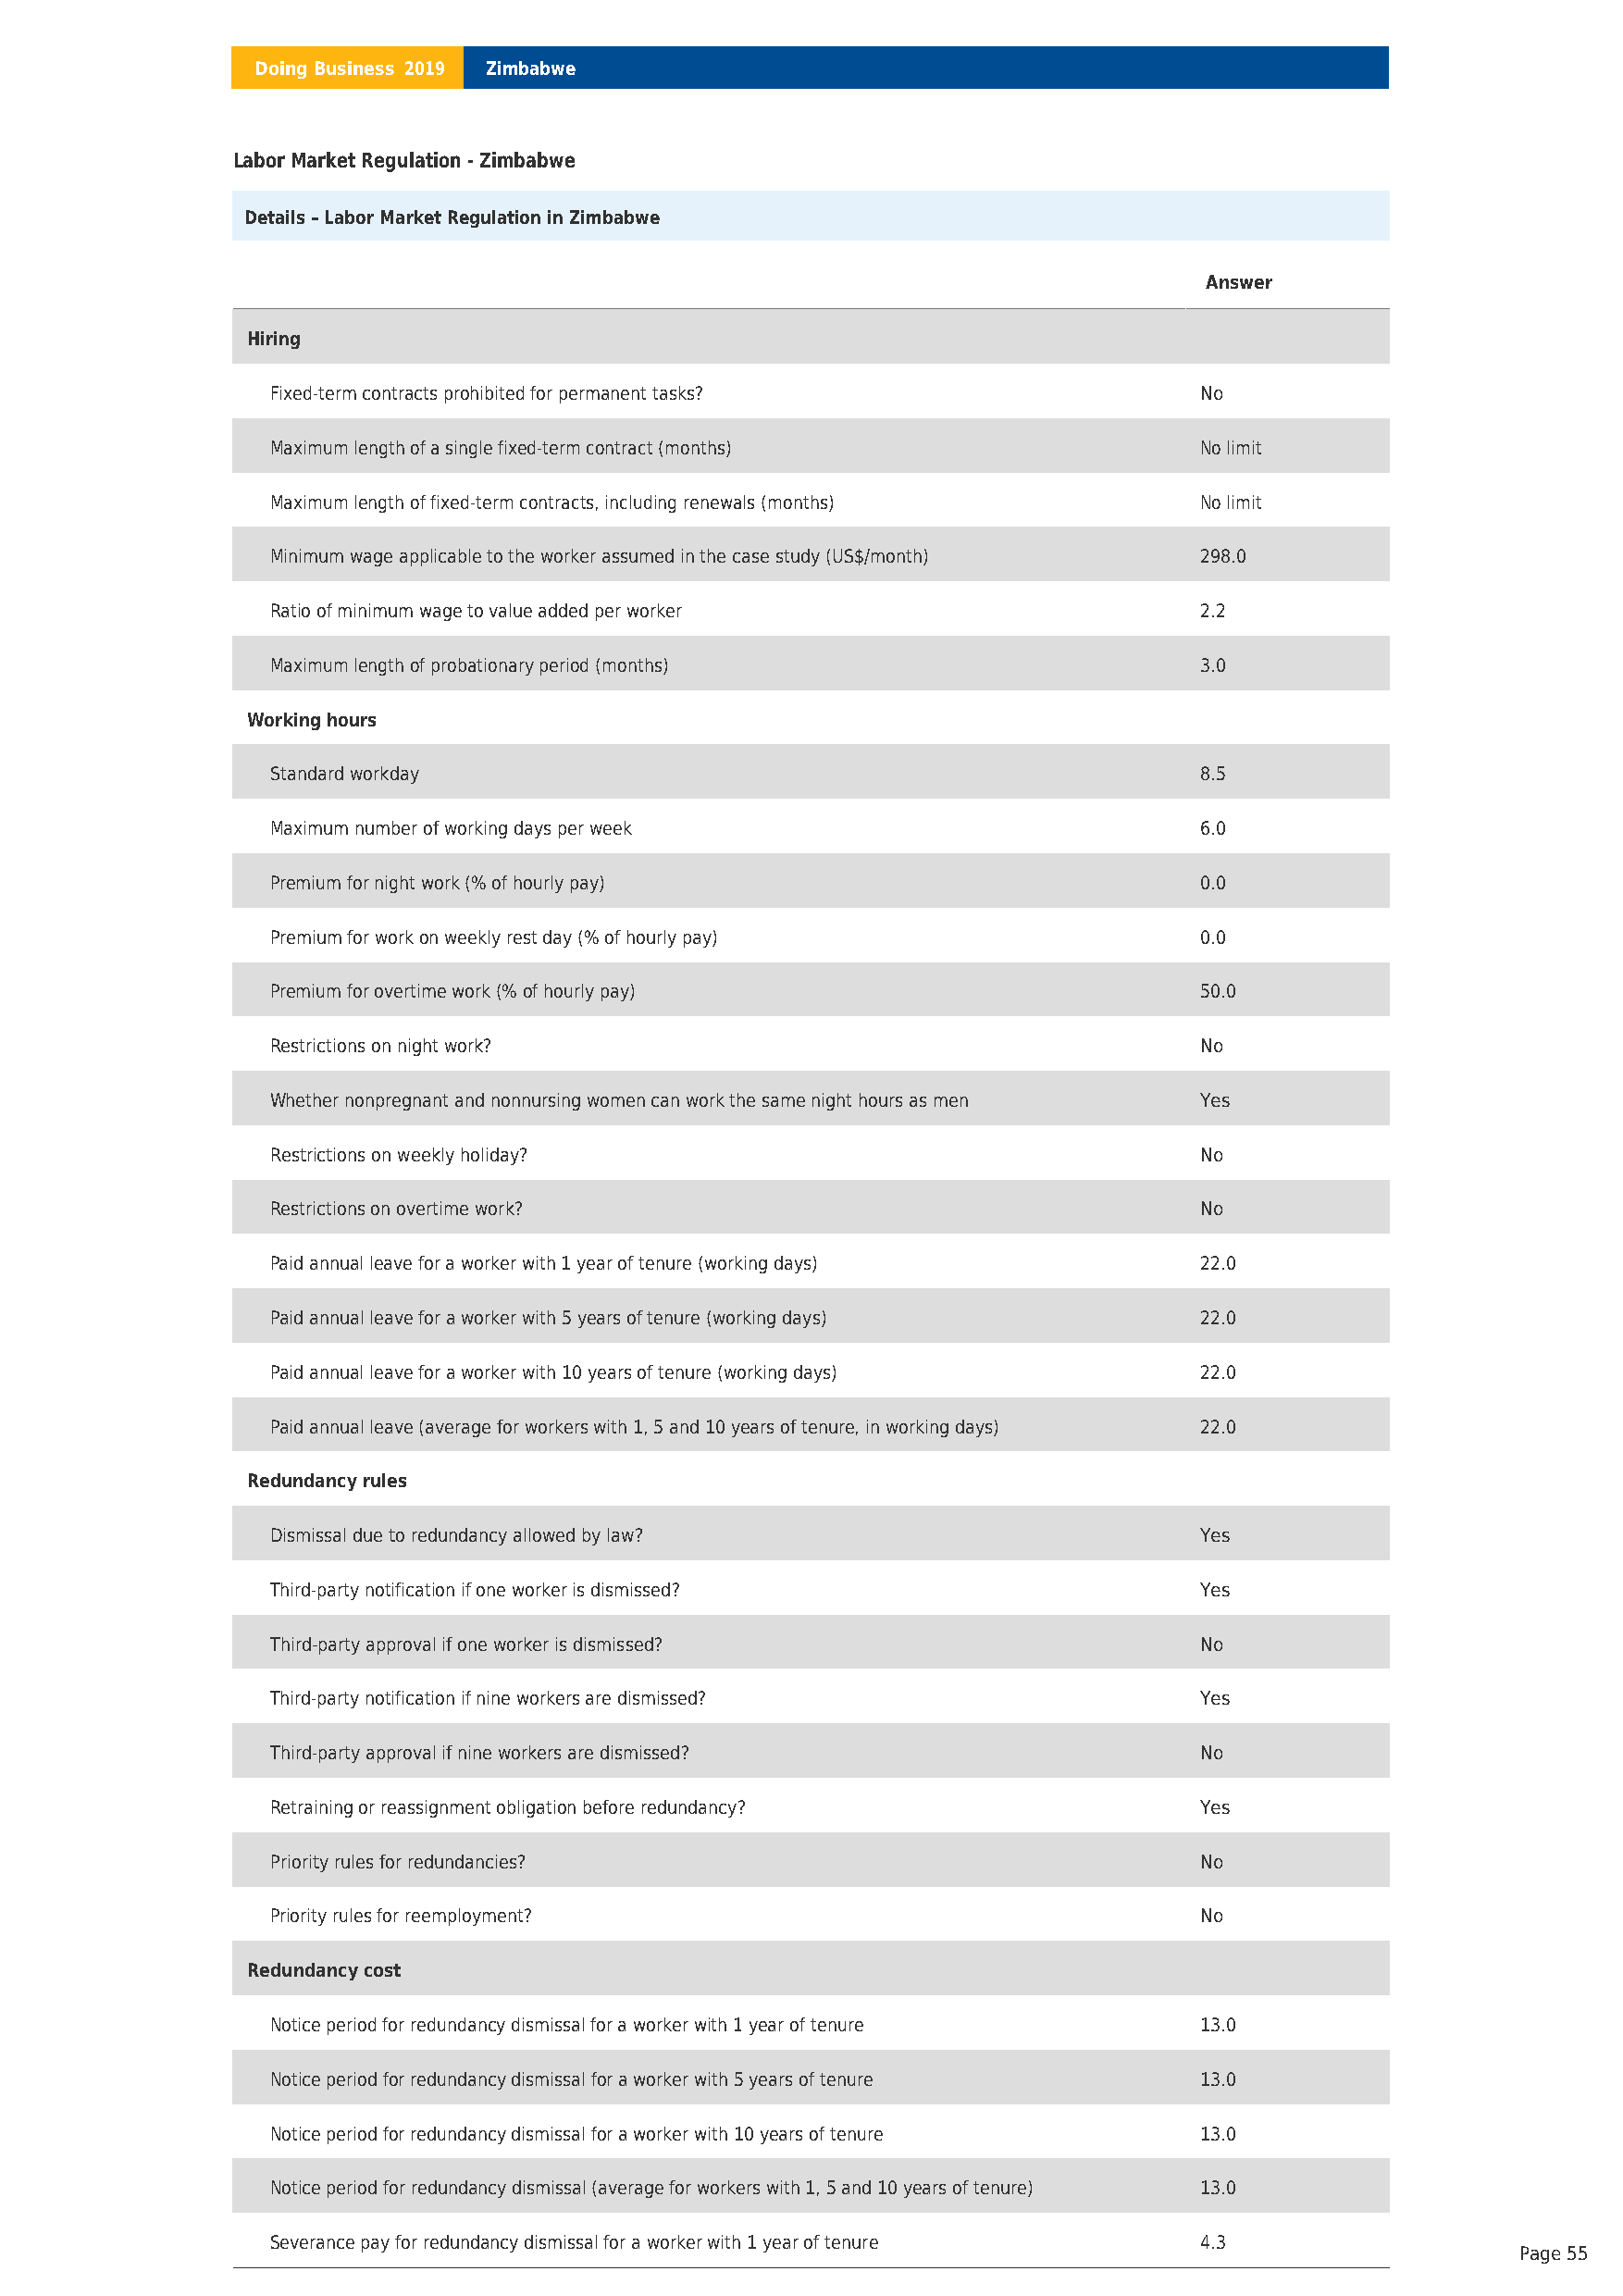
Doing Business 2019 Zimbabwe
 Labor Market Regulation - Zimbabwe
 Details – Labor Market Regulation in Zimbabwe
 Answer
 Hiring
 Fixed-term contracts prohibited for permanent tasks?               No
 Maximum length of a single fixed-term contract (months)            No limit
 Maximum length of fixed-term contracts, including renewals (months) No limit
 Minimum wage applicable to the worker assumed in the case study (US$/month) 298.0
 Ratio of minimum wage to value added per worker                    2.2
 Maximum length of probationary period (months)                     3.0
 Working hours
 Standard workday                                                   8.5
 Maximum number of working days per week                            6.0
 Premium for night work (% of hourly pay)                           0.0
 Premium for work on weekly rest day (% of hourly pay)              0.0
 Premium for overtime work (% of hourly pay)                        50.0
 Restrictions on night work?                                        No
 Whether nonpregnant and nonnursing women can work the same night hours as men Yes
 Restrictions on weekly holiday?                                    No
 Restrictions on overtime work?                                     No
 Paid annual leave for a worker with 1 year of tenure (working days) 22.0
 Paid annual leave for a worker with 5 years of tenure (working days) 22.0
 Paid annual leave for a worker with 10 years of tenure (working days) 22.0
 Paid annual leave (average for workers with 1, 5 and 10 years of tenure, in working days) 22.0
 Redundancy rules
 Dismissal due to redundancy allowed by law?                        Yes
 Third-party notification if one worker is dismissed?               Yes
 Third-party approval if one worker is dismissed?                   No
 Third-party notification if nine workers are dismissed?            Yes
 Third-party approval if nine workers are dismissed?                No
 Retraining or reassignment obligation before redundancy?           Yes
 Priority rules for redundancies?                                   No
 Priority rules for reemployment?                                   No
 Redundancy cost
 Notice period for redundancy dismissal for a worker with 1 year of tenure 13.0
 Notice period for redundancy dismissal for a worker with 5 years of tenure 13.0
 Notice period for redundancy dismissal for a worker with 10 years of tenure 13.0
 Notice period for redundancy dismissal (average for workers with 1, 5 and 10 years of tenure) 13.0
 Severance pay for redundancy dismissal for a worker with 1 year of tenure 4.3
 Page 55